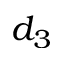
d _ { 3 }